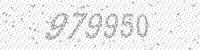
Solution: 979950